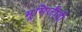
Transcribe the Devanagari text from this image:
भूमिजीवी